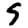
Digit: 9